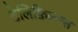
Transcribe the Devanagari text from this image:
टेलिफ़िल्म्स